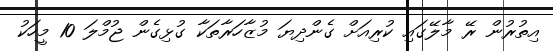
އިތުރުން ރޭ މާލޭގައި ކުރިއަށް ގެންދިޔަ މުޒާހަރާތަކާ ގުޅިގެން ޖުމްލަ 10 މީހަކު